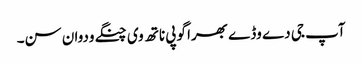
آپ جی دے وڈے بھرا گوپی ناتھ وی چنگے ودوان سن۔